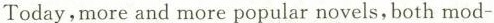
Today,more and more popular novels, both mod-